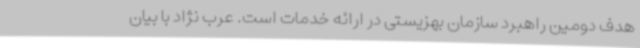
هدف دومین راهبرد سازمان بهزیستی در ارائه خدمات است. عرب نژاد با بیان